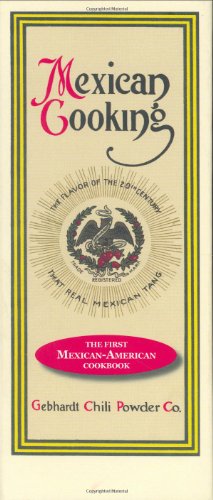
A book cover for Mexican Cooking; Humor & Entertainment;